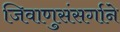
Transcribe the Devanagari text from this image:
जिवाणुसंसर्गाने